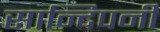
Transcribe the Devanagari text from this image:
सान्दिपनी